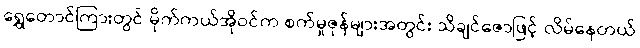
ရွှေတောင်ကြားတွင် မိုက်ကယ်အိုဝင်က စက်မှုဇုန်များအတွင်း သိချင်ဇောဖြင့် လိမ်နေတယ်